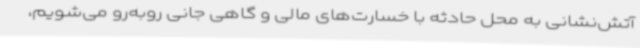
آتش‌نشانی به محل حادثه با خسارت‌های مالی و گاهی جانی روبه‌رو می‌شویم،